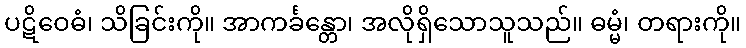
ပဋိဝေဓံ၊ သိခြင်းကို။ အာကင်္ခန္တော၊ အလိုရှိသောသူသည်။ ဓမ္မံ၊ တရားကို။